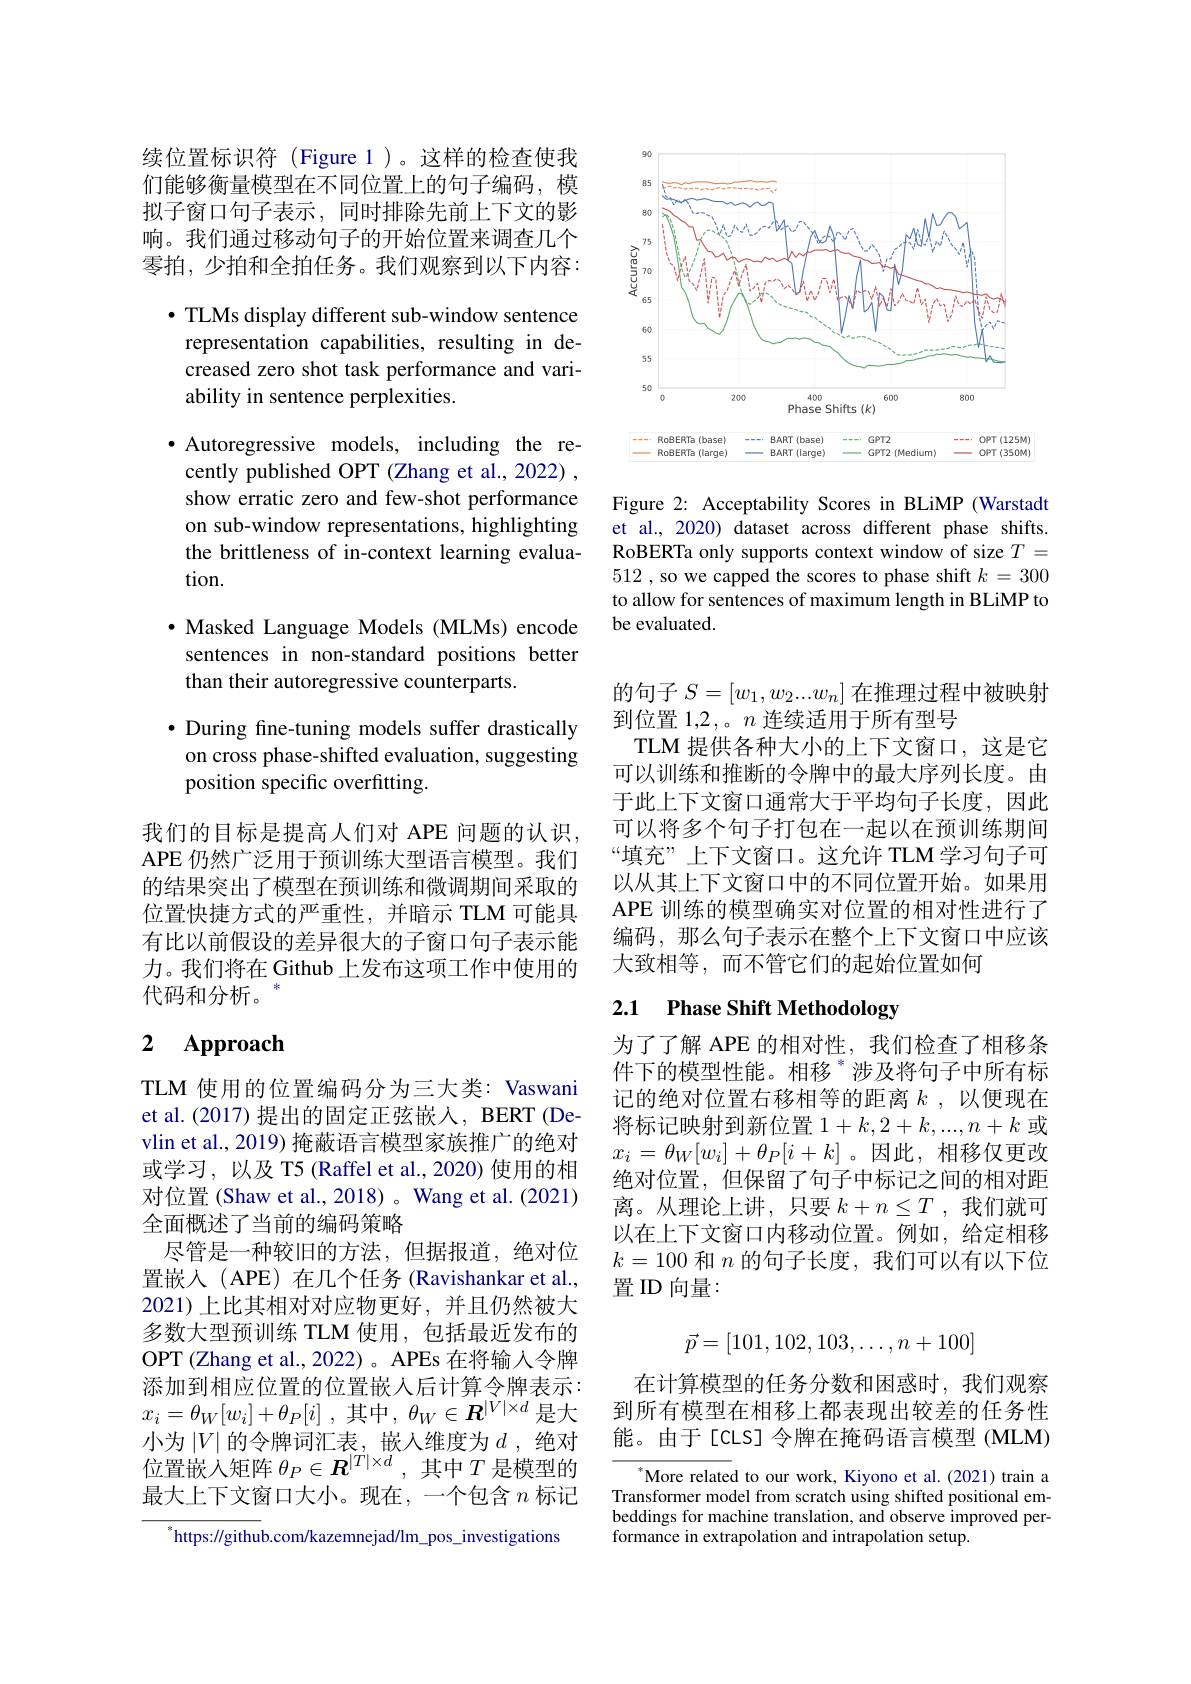
续位置标识符(Figure 1)。这样的检查使我们能够衡量模型在不同位置上的句子编码，模拟子窗口句子表示，同时排除先前上下文的影响。我们通过移动句子的开始位置来调查几个零拍，少拍和全拍任务。我们观察到以下内容：

$\bullet$ TLMs display different sub-window sentence representation capabilities, resulting in decreased zero shot task performance and variability in sentence perplexities.

$\bullet$ Autoregressive models, including the recently published OPT (Zhang et al., 2022) , show erratic zero and few-shot performance on sub-window representations, highlighting the brittleness of in-context learning evaluation.

$\bullet$ Masked Language Models (MLMs) encode sentences in non-standard positions better than their autoregressive counterparts.

$\bullet$ During fine-tuning models suffer drastically on cross phase-shifted evaluation, suggesting position specific overfitting.

我们的目标是提高人们对 APE 问题的认识， APE 仍然广泛用于预训练大型语言模型。我们的结果突出了模型在预训练和微调期间采取的位置快捷方式的严重性，并暗示 TLM 可能具有比以前假设的差异很大的子窗口句子表示能力。我们将在 Github 上发布这项工作中使用的代码和分析。

## 2 $\mathbf{Approach}$

TLM 使用的位置编码分为三大类：Vaswani et al. (2017) 提出的固定正弦嵌入，BERT (Devlin et al., 2019) 掩蔽语言模型家族推广的绝对或学习，以及 T5 (Raffel et al.,2020) 使用的相对位置(Shaw et al., 2018) 。Wang et al. (2021) 全面概述了当前的编码策略
尽管是一种较旧的方法，但据报道，绝对位置嵌入(APE)在几个任务(Ravishankar et al., 2021)上比其相对对应物更好，并且仍然被大多数大型预训练 TLM 使用，包括最近发布的OPT (Zhang et al., 2022)。APEs 在将输入令牌添加到相应位置的位置嵌入后计算令牌表示： $x_{i}= \theta _{W}[ w_{i}] + \theta _{P}[ i]$ ,其中，$\theta _{W}\in \boldsymbol{R}^{| V| \times d}$是大小为$\left|V\right|$的令牌词汇表，嵌入维度为$d$,绝对位置嵌入矩阵$\theta_P\in\boldsymbol{R}^{|T|\times d}$ ,其中$T$是模型的最大上下文窗口大小。现在，一个包含$n$标记
 https: / / github. com/ kazemnejad/ lm$\_$pos$\_$investigations

<FigureHere>

Figure 2: Acceptability Scores in BLiMP (Warstadt et al., 2020) dataset across different phase shifts. RoBERTa only supports context window of size $T=$ 512 , so we capped the scores to phase shift $k=300$ to allow for sentences of maximum length in BLiMP to be evaluated.

的句子$S=[w_1,w_2...w_n]$在推理过程中被映射
到位置 1,2,。$n$连续适用于所有型号
TLM 提供各种大小的上下文窗口，这是它可以训练和推断的令牌中的最大序列长度。由于此上下文窗口通常大于平均句子长度，因此可以将多个句子打包在一起以在预训练期间“填充”上下文窗口。这允许 TLM学习句子可以从其上下文窗口中的不同位置开始。如果用APE 训练的模型确实对位置的相对性进行了编码，那么句子表示在整个上下文窗口中应该大致相等，而不管它们的起始位置如何

# 2.1 Phase Shift Methodology

为了了解 APE 的相对性，我们检查了相移条件下的模型性能。相移 $^{*}$涉及将句子中所有标记的绝对位置右移相等的距离$k$ ,以便现在将标记映射到新位置 1$+k,2+k,...,n+k$或$x_i=\theta_W[w_i]+\theta_P[i+k]$。因此，相移仅更改绝对位置，但保留了句子中标记之间的相对距离。从理论上讲，只要$k+n\leq T$ ,我们就可以在上下文窗口内移动位置。例如，给定相移$k=100$和$n$的句子长度，我们可以有以下位置ID 向量：
$$\vec{p}=[101,102,103,\dots,n+100]$$
在计算模型的任务分数和困惑时，我们观察到所有模型在相移上都表现出较差的任务性能。由于[CLS]令牌在掩码语言模型(MLM)

$^*$More related to our work, Kiyono et al.(2021) train a Transformer model from scratch using shifted positional embeddings for machine translation, and observe improved performance in extrapolation and intrapolation setup.